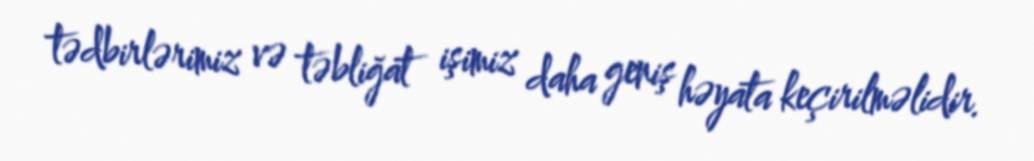
tədbirlərimiz və təbliğat işimiz daha geniş həyata keçirilməlidir.